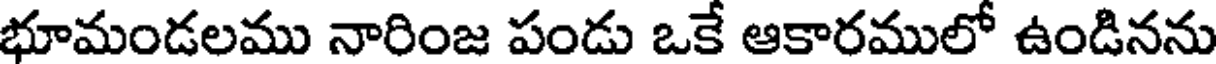
భూమండలము నారింజ పండు ఒకే ఆకారములో ఉండినను